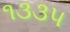
૧૩૩૫